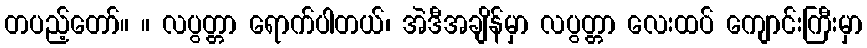
တပည့်တော်။ ။ လပွတ္တာ ရောက်ပါတယ်၊ အဲဒီအချိန်မှာ လပွတ္တာ လေးထပ် ကျောင်းကြီးမှာ